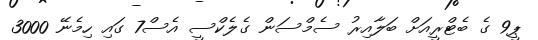
ޕީ9 ގެ ބެޓްރީއަށް ބަލާއިރު ސެމްސަން ގެލެކްސީ އެސް7 ގައި ހިމެނޭ 3000